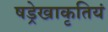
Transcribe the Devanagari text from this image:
षड्रेखाकृतियं